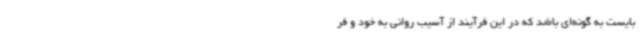
‌بایست به گونه‌ای باشد که در این فرآیند از آسیب روانی به خود و فر